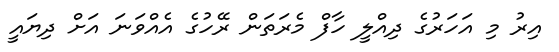
އިރު މި އަހަރުގެ ދިއްލީ ހާފް މެރަތަން ރޭހުގެ އެއްވަނަ އަށް ދިޔައީ